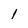
Character: l